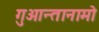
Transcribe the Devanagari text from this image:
गुआन्तानामो